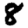
Digit: 8